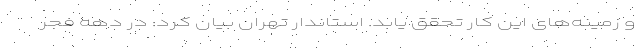
و زمینه‌های این کار تحقق یابد. استاندار تهران بیان کرد: در دهه فجر